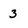
Character: 3